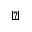
\perp